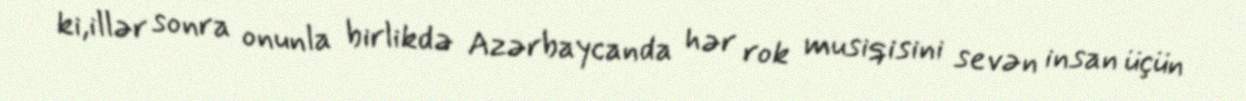
ki,illər sonra onunla birlikdə Azərbaycanda hər rok musiqisini sevən insan üçün